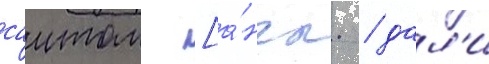
саитом [а́нгл. / дал'и